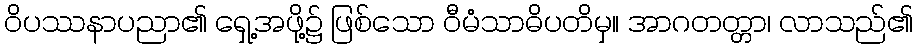
ဝိပဿနာပညာ၏ ရှေ့အဖို့၌ ဖြစ်သော ဝီမံသာဓိပတိမှ။ အာဂတတ္တာ၊ လာသည်၏